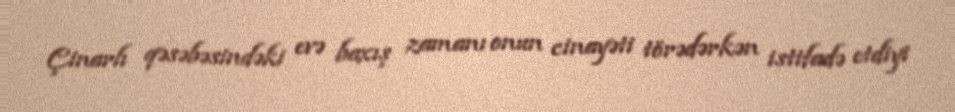
Çinarlı qəsəbəsindəki evə baxış zamanı onun cinayəti törədərkən istifadə etdiyi